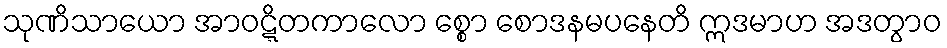
သုဏိသာယော အာဝဋ္ဋိတကာလော စ္စော စောဒနမပနေတိ ဣဒမာဟ အဒတွာဝ